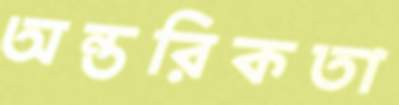
অন্তরিকতা